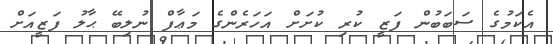
އެކަމުގެ ސަބަބުން ފަޒީ ކުރި ކުށަށް އަހަރެންގެ މަޢާފް ނުލިބޭ ޙާލު ފަޒީއަށް